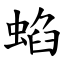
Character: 蜭